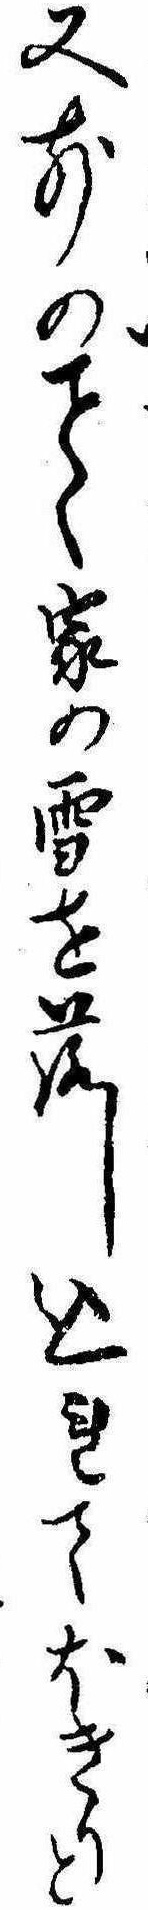
又前のく家の雪を落し込れてほきれと